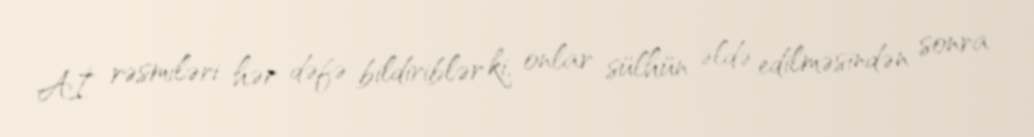
Aİ rəsmiləri hər dəfə bildiriblər ki, onlar sülhün əldə edilməsindən sonra